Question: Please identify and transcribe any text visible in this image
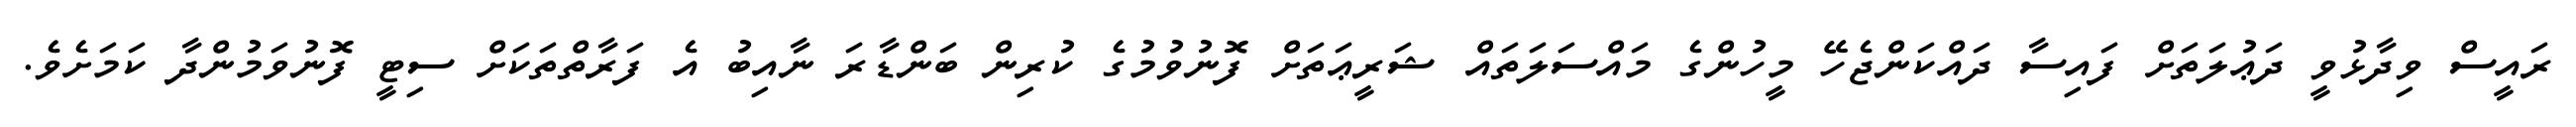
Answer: ރައީސް ވިދާޅުވީ ދަޢުލަތަށް ފައިސާ ދައްކަންޖެހޭ މީހުންގެ މައްސަލަތައް ޝަރީޢަތަށް ފޮނުވުމުގެ ކުރިން ބަންޑާރަ ނާއިބު އެ ފަރާތްތަކަށް ސިޓީ ފޮނުވަމުންދާ ކަމަށެވެ.